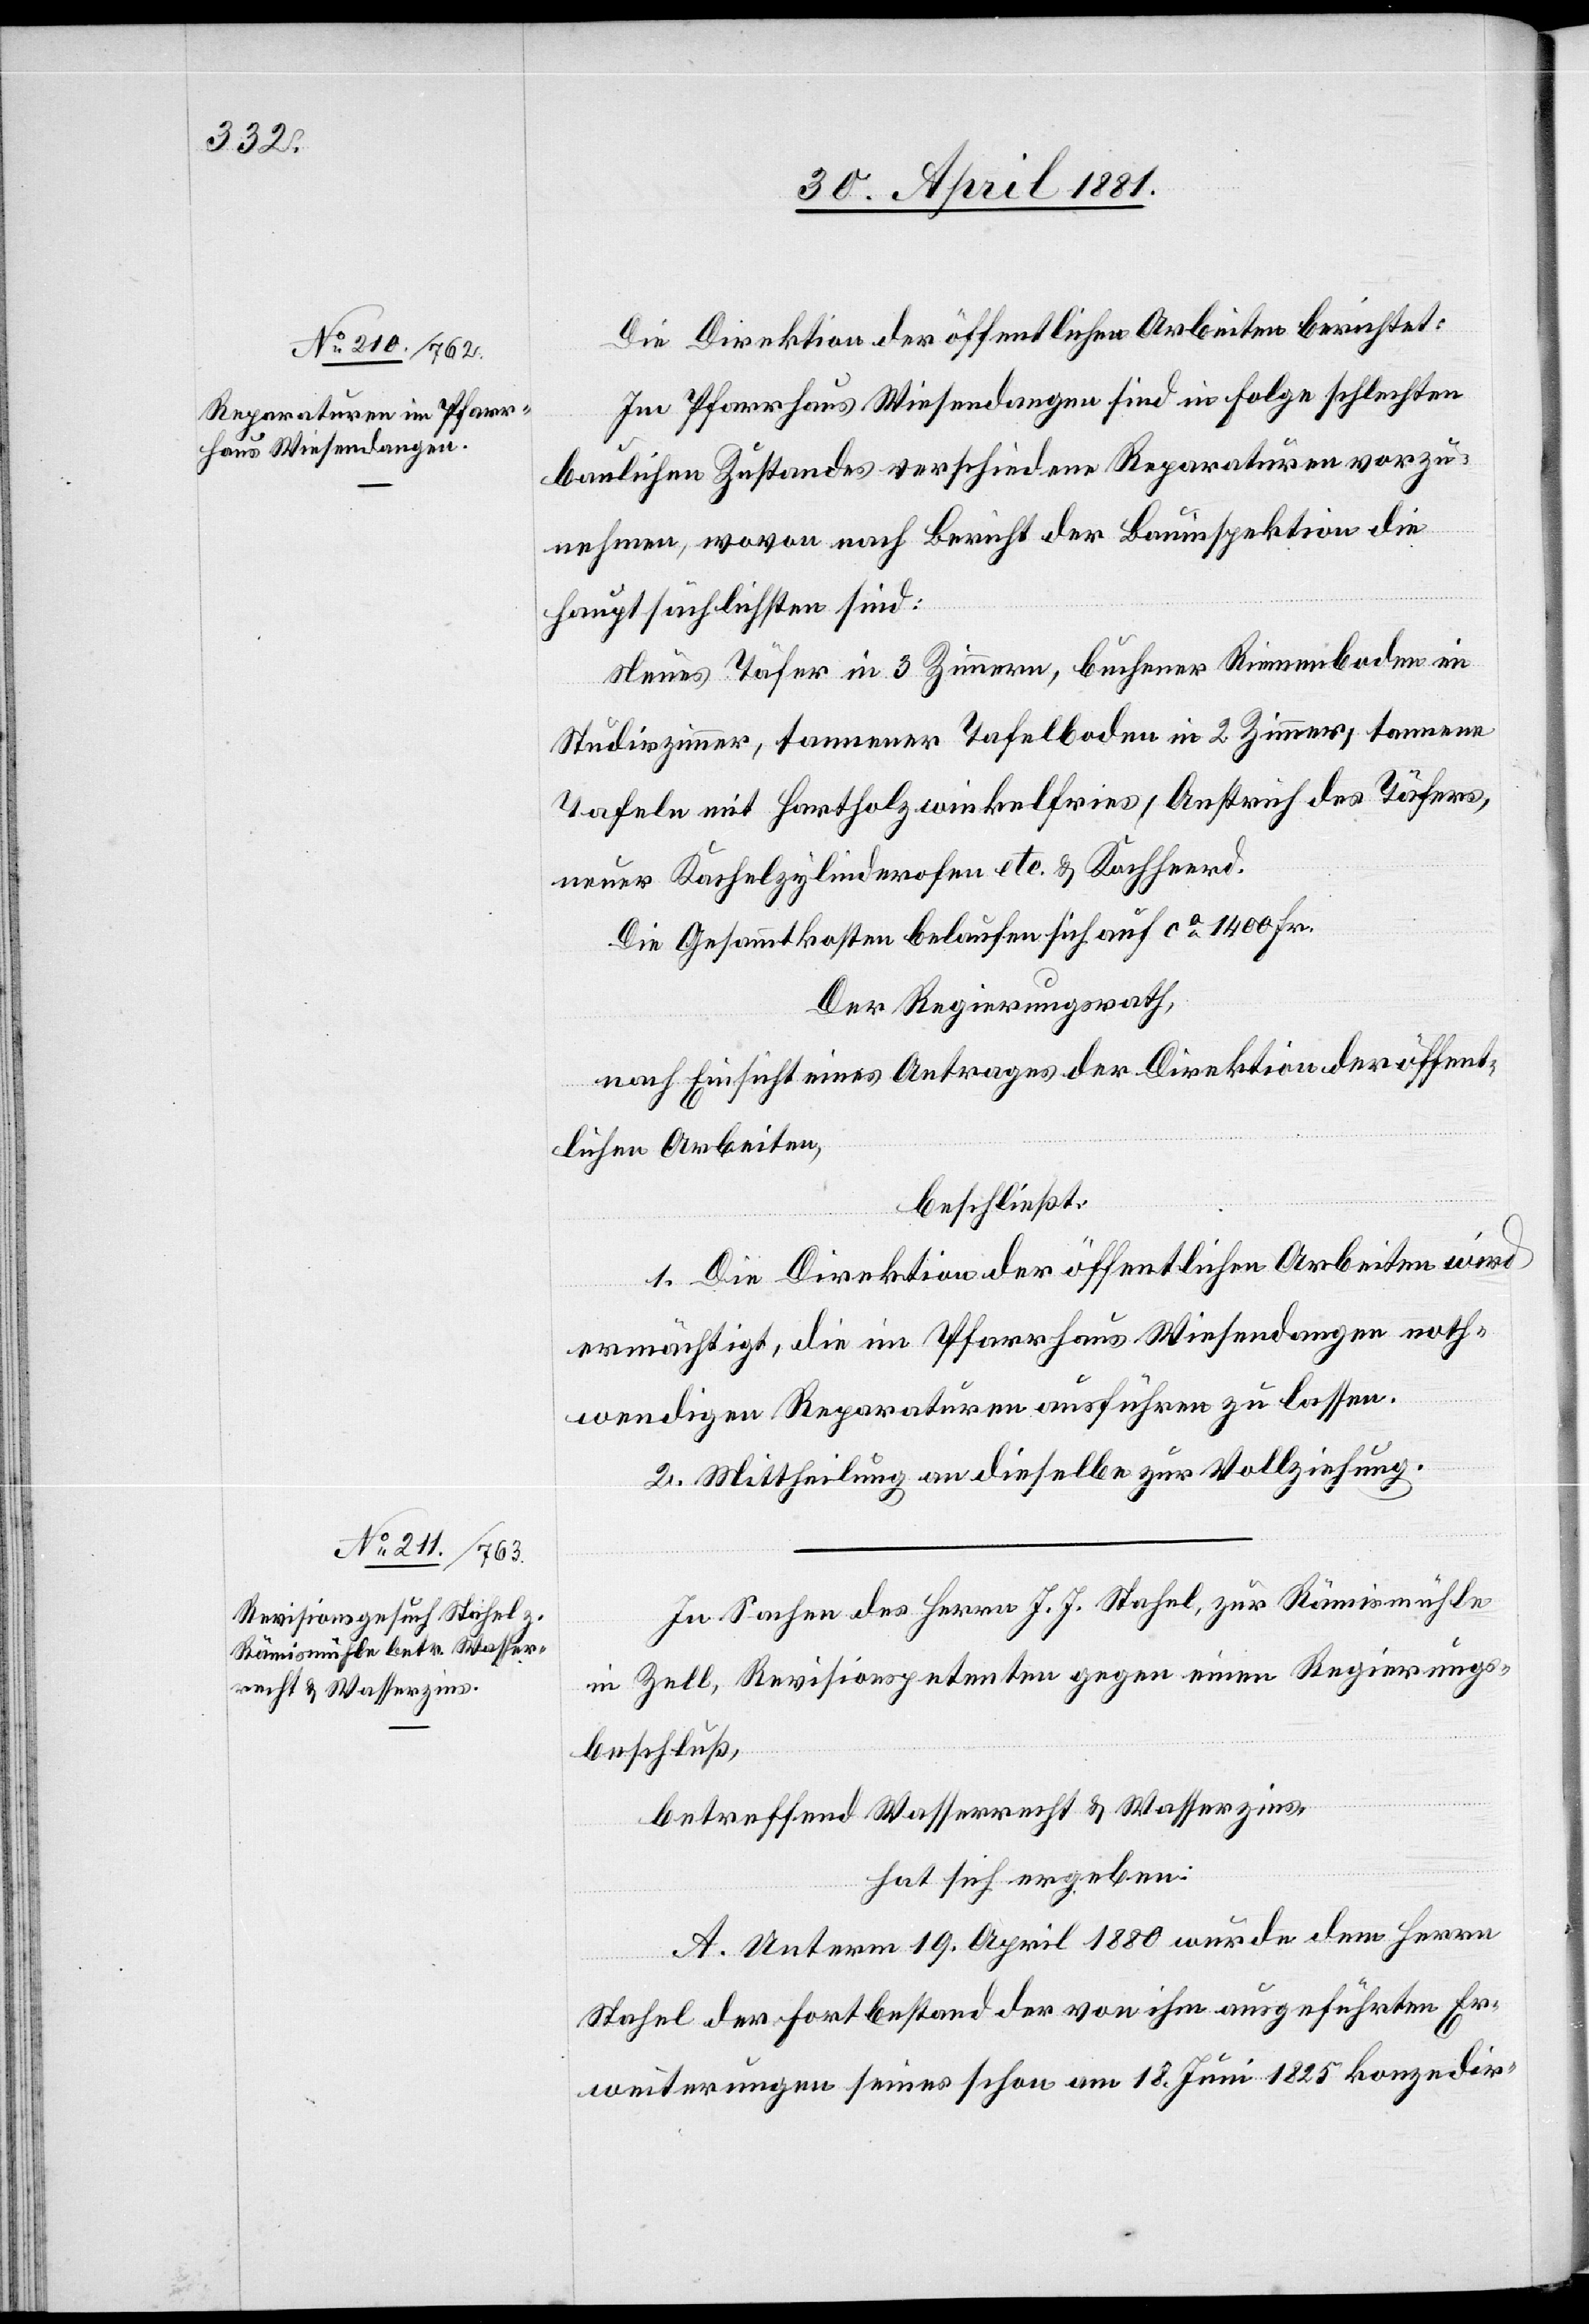
Die Direktion der öffentlichen Arbeiten berichtet:
Im Pfarrhaus Wiesendangen sind in Folge schlechten
baulichen Zustandes verschiedene Reparaturen vorzu¬
nehmen, wozu nach Bericht der Bauinspektion die
Hauptsächlichen sind:
Neues Täfer im 3 Zimmern, buchener Riemenboden in
Studirzimmer, tannener Tafelboden in 2 Zimmer, tannene
Tafeln mit Fartholzwinkelfries, Anstrich des Täfers,
neuer Kachelzylinderofen etc. & Kochherd.
Die Gesammtkosten belaufen sich auf ca 1400 Fr.
Der Regierungsrath,
nach Einsicht eines Antrages der Direktion der öffent¬
lichen Arbeiten,
beschließt:
1. Die Direktion der öffentlichen Arbeiten wird
ermächtigt, die im Pfarrhaus Wiesendangen noth¬
wendigen Reparaturen ausführen zu lassen.
2. Mittheilung an dieselbe zur Vollziehung.
In Sachen des Herrn J. J. Stahel, zur Rämismühle
in Zell, Revisionspetenten gegen einen Regierungs¬
beschluß,
betreffend Wasserrecht & Wasserzins,
hat sich ergeben:
A. Unterm 19. April 1880 wurde dem Herrn
Stahel der Fortbestand der von ihm ausgeführten Er¬
weiterungen seines schon am 18. Juni 1825 konzedir-